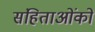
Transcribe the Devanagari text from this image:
संहिताओंको